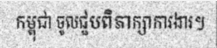
កម្ពុជា ចូលជួបពិភាក្សាការងារ។